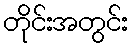
တိုင်းအတွင်း